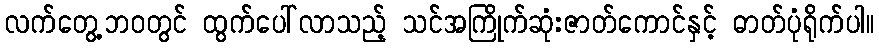
လက်တွေ့ဘ၀တွင် ထွက်ပေါ်လာသည့် သင်အကြိုက်ဆုံးဇာတ်ကောင်နှင့် ဓာတ်ပုံရိုက်ပါ။